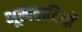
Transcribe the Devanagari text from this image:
भूखवादियों